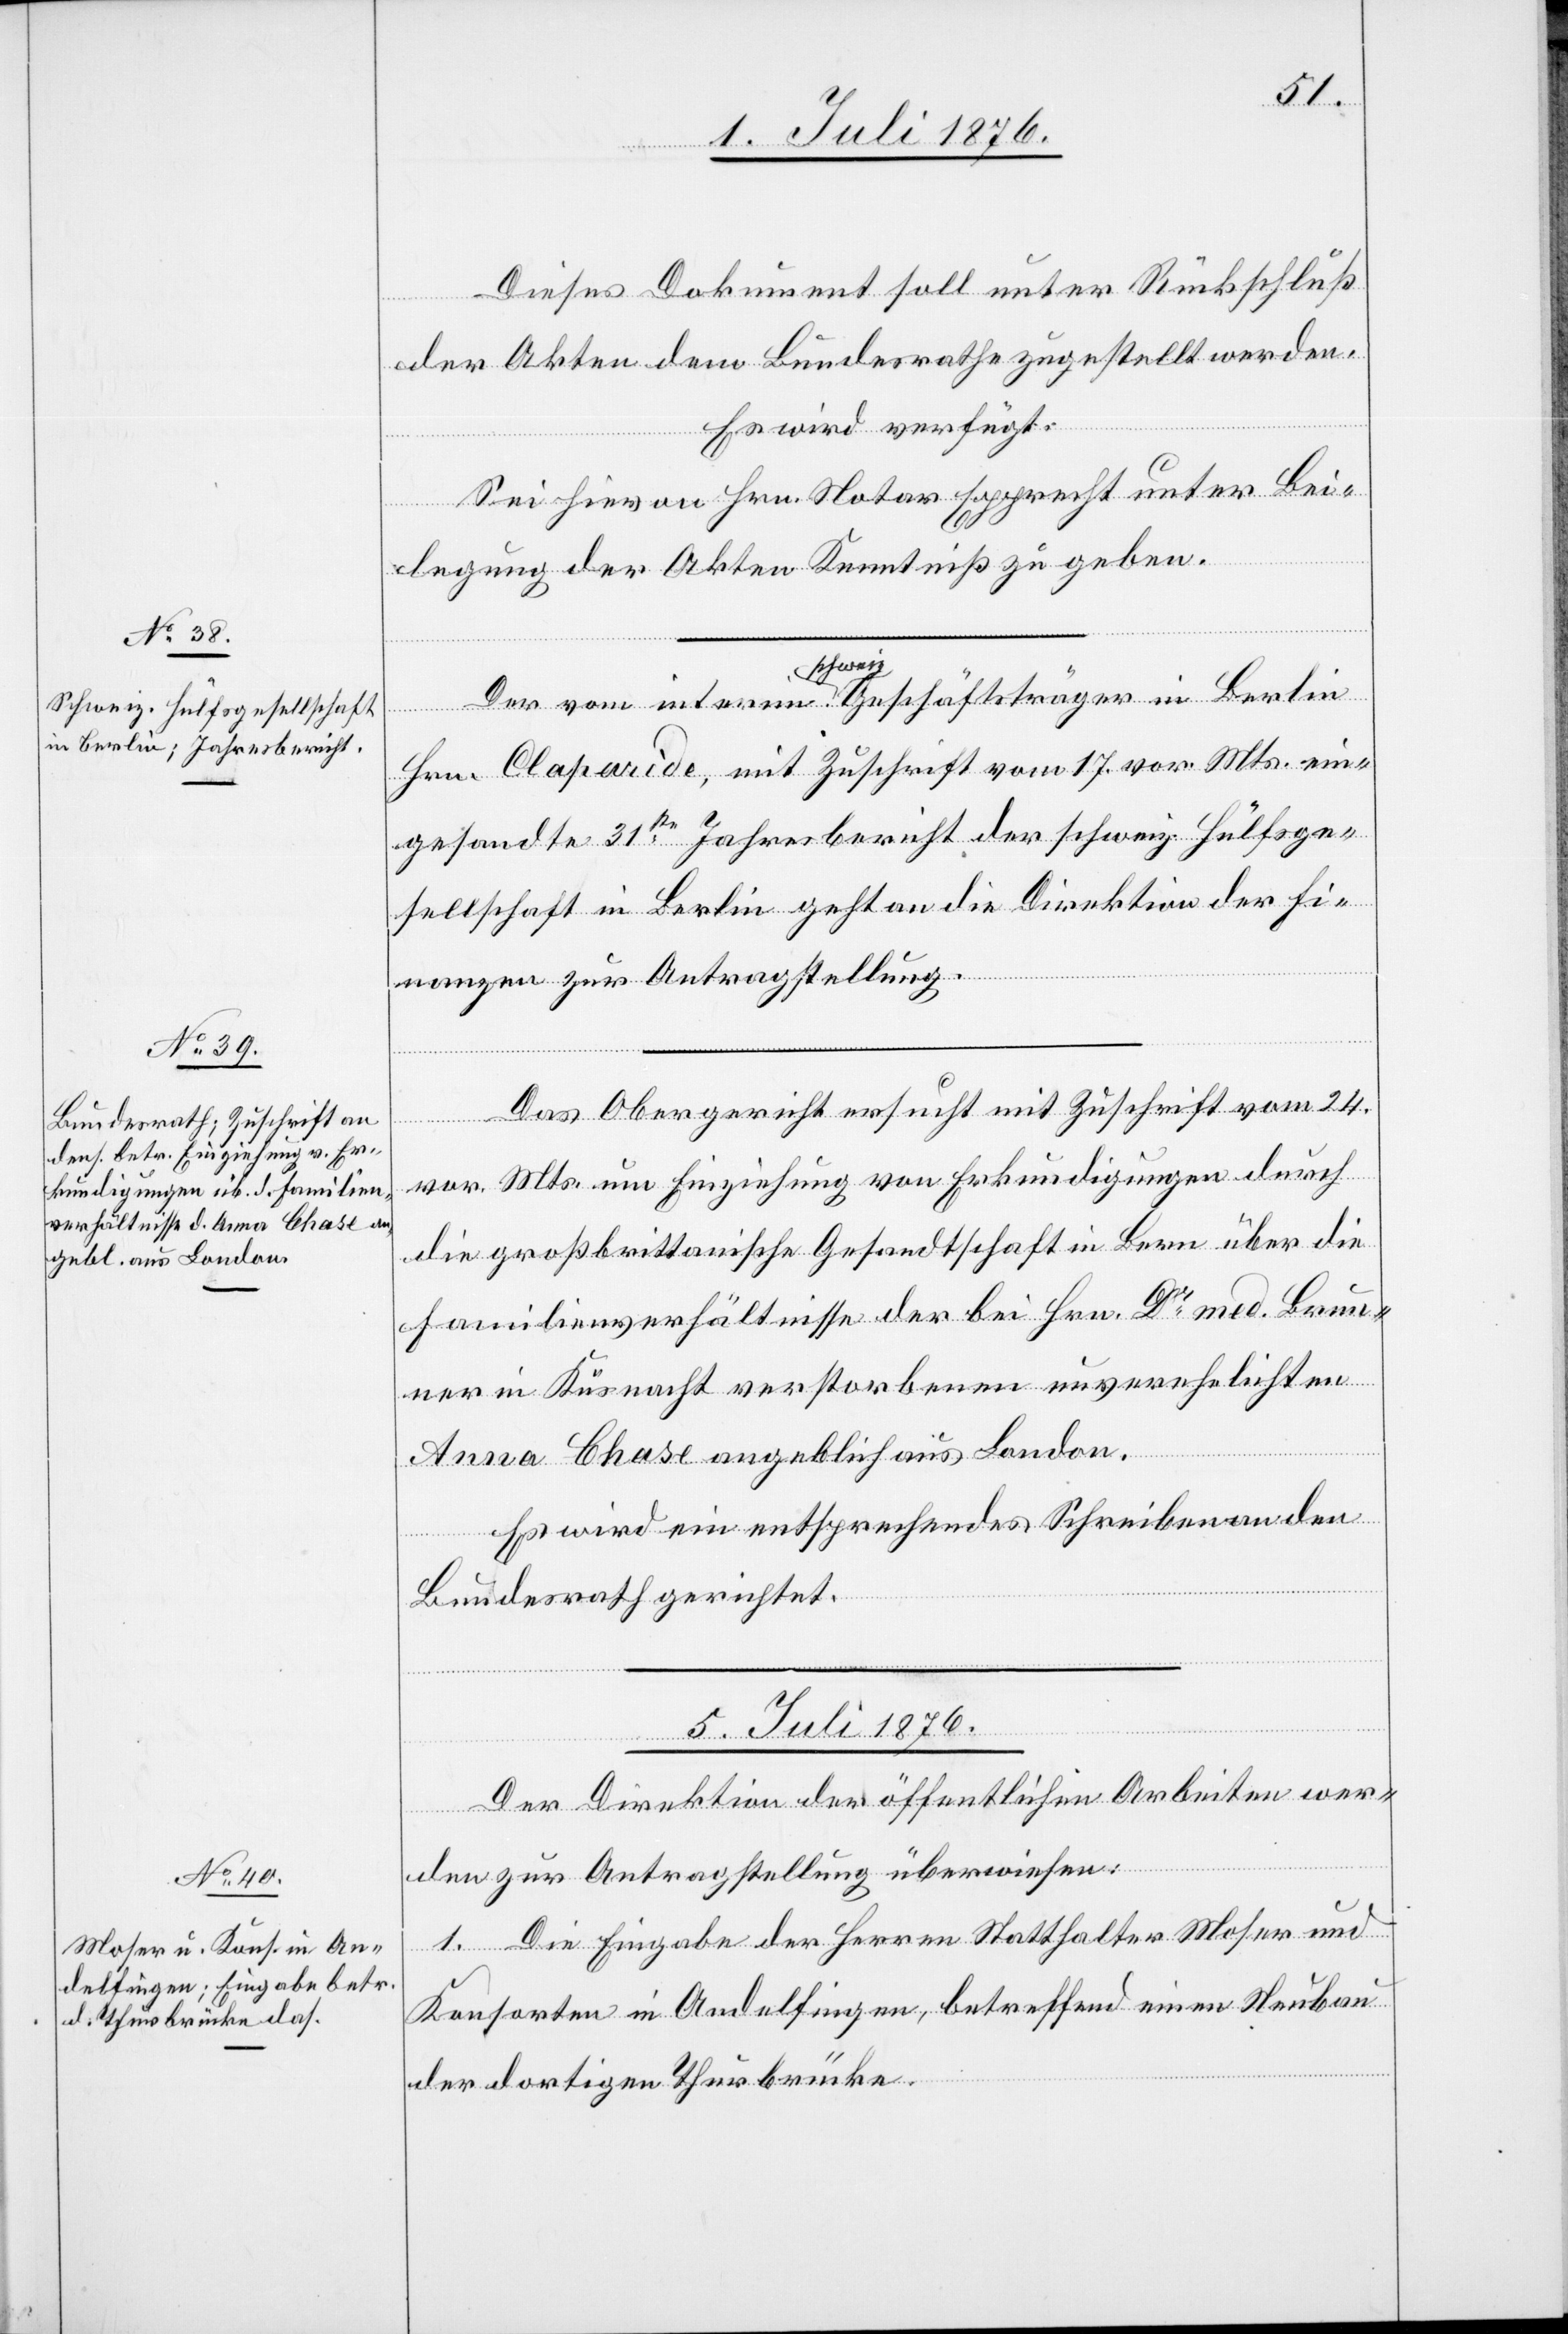
Dieses Dokument soll unter Rückschluß
der Akten dem Bundesrathe zugestellt werden.
Es wird verfügt:
Sei hievon Hrn. Notar Epprecht unter Bei¬
legung der Akten Kenntniß zu geben.
Der vom interim schweiz. Geschäftsträger in Berlin
Hrn. Claparide, mit Zuschrift vom 17. vor. Mts. ein¬
gesandte 31te Jahresbericht der schweiz. Hülfsge¬
sellschaft in Berlin geht an die Direktion der Fi¬
[Fortsetzung
nanzen zur Antragstellung.
Das Obergericht ersucht mit Zuschrift vom 24.
sidia¬
vor. Mts. um Einziehung von Erkundigungen durch
die großbrittanische Gesandtschaft in Bern über die
Familienverhältnisse der bei Hrn. Dr med. Brun¬
ner in Küsnacht verstorbenen unverehelichten
Anna Chase angeblich aus London.
Es wird ein entsprechendes Schreiben an den
Bundesrath gerichtet.
5. Juli 1876.
Der Direktion der öffentlichen Arbeiten wer¬
den zur Antragstellung überwiesen:
1. Die Eingabe der Herren Statthalter Moser und
Konsorten in Andelfingen, betreffend einen Neubau
der dortigen Thurbrücke.